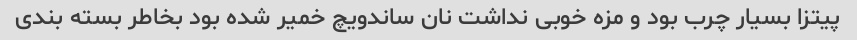
پیتزا بسیار چرب بود و مزه خوبی نداشت نان ساندویچ خمیر شده بود بخاطر بسته بندی